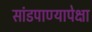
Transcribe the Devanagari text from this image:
सांडपाण्यापेक्षा